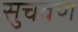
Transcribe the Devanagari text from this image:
सुचवण